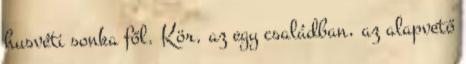
husvéti sonka fől. Kör, az egy családban, az alapvető